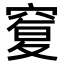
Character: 𥦸